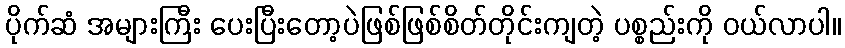
ပိုက်ဆံ အများကြီး ပေးပြီးတော့ပဲဖြစ်ဖြစ်စိတ်တိုင်းကျတဲ့ ပစ္စည်းကို ဝယ်လာပါ။